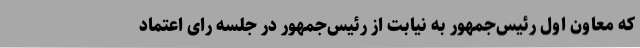
که معاون اول رئیس‌جمهور به نیابت از رئیس‌جمهور در جلسه رای اعتماد